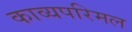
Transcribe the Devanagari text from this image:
काव्यपरिमल